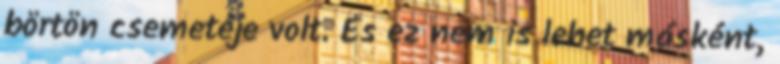
börtön csemetéje volt. És ez nem is lehet másként,